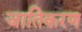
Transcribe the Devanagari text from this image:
जातिकरण